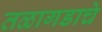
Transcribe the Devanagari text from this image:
तळागडाचे